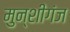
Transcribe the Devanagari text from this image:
मुन्शीगंज